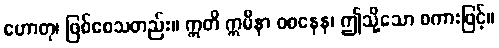
ဟောတု၊ ဖြစ်စေသတည်း။ ဣတိ ဣမိနာ ဝစနေန၊ ဤသို့သော စကားဖြင့်။